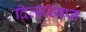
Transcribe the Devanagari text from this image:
दिव्यस्वप्न